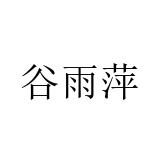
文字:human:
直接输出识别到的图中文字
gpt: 谷雨萍